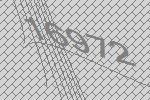
16972